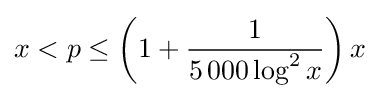
x<p\leq \left(1+{\frac {1}{5\,000\log ^{2}{x}}}\right)x